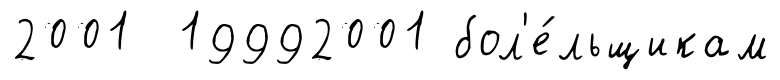
2001 19992001 бол'е́льщикам